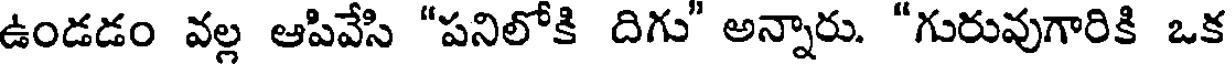
ఉండడం వల్ల ఆపివేసి "పనిలోకి దిగు" అన్నారు. "గురువుగారికి ఒక